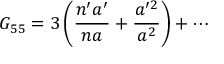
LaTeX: G _ { 5 5 } = 3 \left( { \frac { n ^ { \prime } a ^ { \prime } } { n a } } + { \frac { a ^ { \prime 2 } } { a ^ { 2 } } } \right) + \cdots